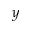
y